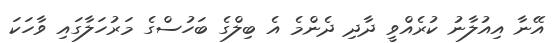
އޭނާ އިއުލާނު ކުރެއްވީ ދާދި ދެންމެ އެ ބިލްގެ ބަހުސްގެ މަރުހަލާގައި ވާހަކަ